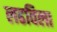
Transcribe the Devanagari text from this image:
लढविला